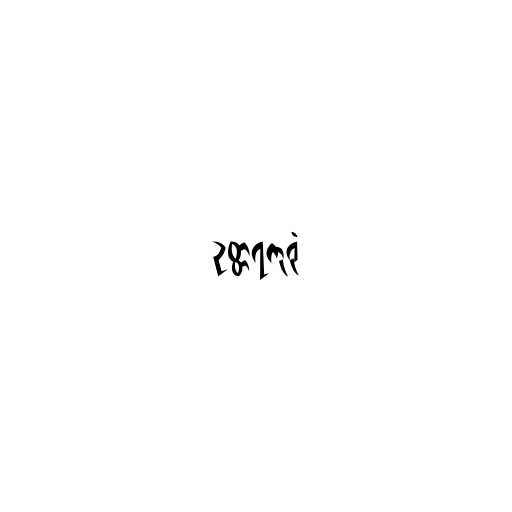
ဥတ္တရကုရုံ